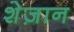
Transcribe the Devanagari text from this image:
शेज़ान